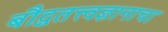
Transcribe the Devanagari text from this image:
बौद्धतत्त्वज्ञानाचा